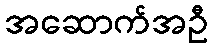
အဆောက်အဦ